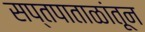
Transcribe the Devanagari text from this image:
सप्तपाताळांतून